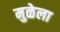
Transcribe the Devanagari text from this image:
मुळेला